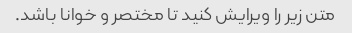
متن زیر را ویرایش کنید تا مختصر و خوانا باشد.